Source: Handwritten
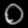
Digit: ၀ (0)